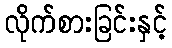
လိုက်စားခြင်းနှင့်